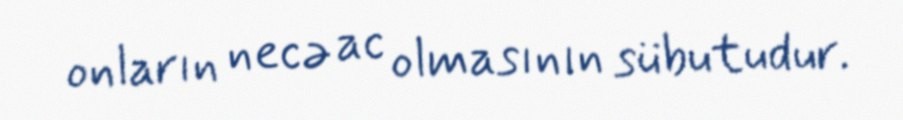
onların necə ac olmasının sübutudur.